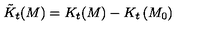
\tilde { K } _ { t } ( M ) = K _ { t } ( M ) - K _ { t } \left( M _ { 0 } \right)